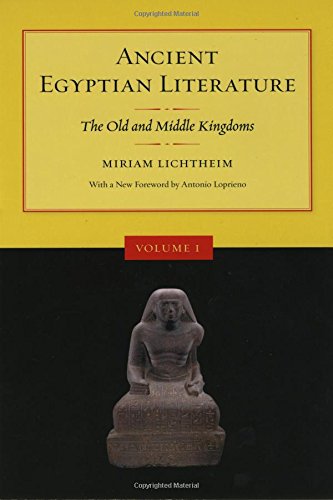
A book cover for Ancient Egyptian Literature: Volume I: The Old and Middle Kingdoms; Miriam Lichtheim; Literature & Fiction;